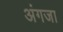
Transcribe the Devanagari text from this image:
अंगजा